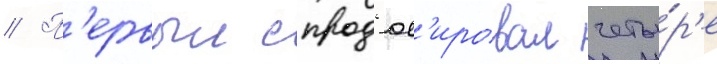
// П'ервыи спрод'юс'ировал четы́р'е